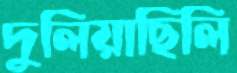
দুলিয়াছিলি